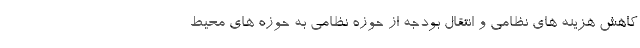
کاهش هزینه های نظامی و انتقال بودجه از حوزه نظامی به حوزه های محیط